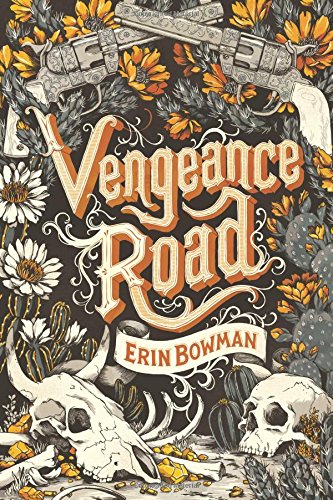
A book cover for Vengeance Road; Erin Bowman; Teen & Young Adult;